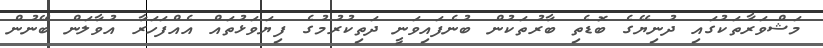
މަޝްވަރާތަކުގައި ދުނިޔޭގެ ބޮޑެތި ބާރުތަކުން ބުނެފައިވަނީ ދަތިކުރުމުގެ ފިޔަވަޅުތައް އެއްފަހަރާ އުވާލަން ބޭނުން